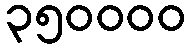
၃၅၀၀၀၀